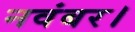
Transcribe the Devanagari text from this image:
नवंबर।